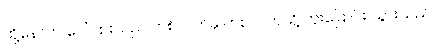
ထို့နောက် ဂေါ်ပြားသည် တစ်လက်မှ တစ်လက်သို့ ကူးပြောင်း သွားသည်။